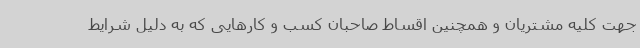
جهت کلیه مشتریان و همچنین اقساط صاحبان کسب و کارهایی که به دلیل شرایط